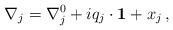
LaTeX: \begin{align*} \nabla_{j}=\nabla_{j}^{0} + iq_{j}\cdot {\bf 1} + x_{j} \, ,\end{align*}